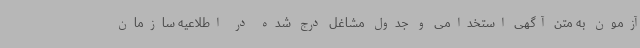
آزمون به متن آگهی استخدامی و جدول مشاغل درج شده در اطلاعیه سازمان